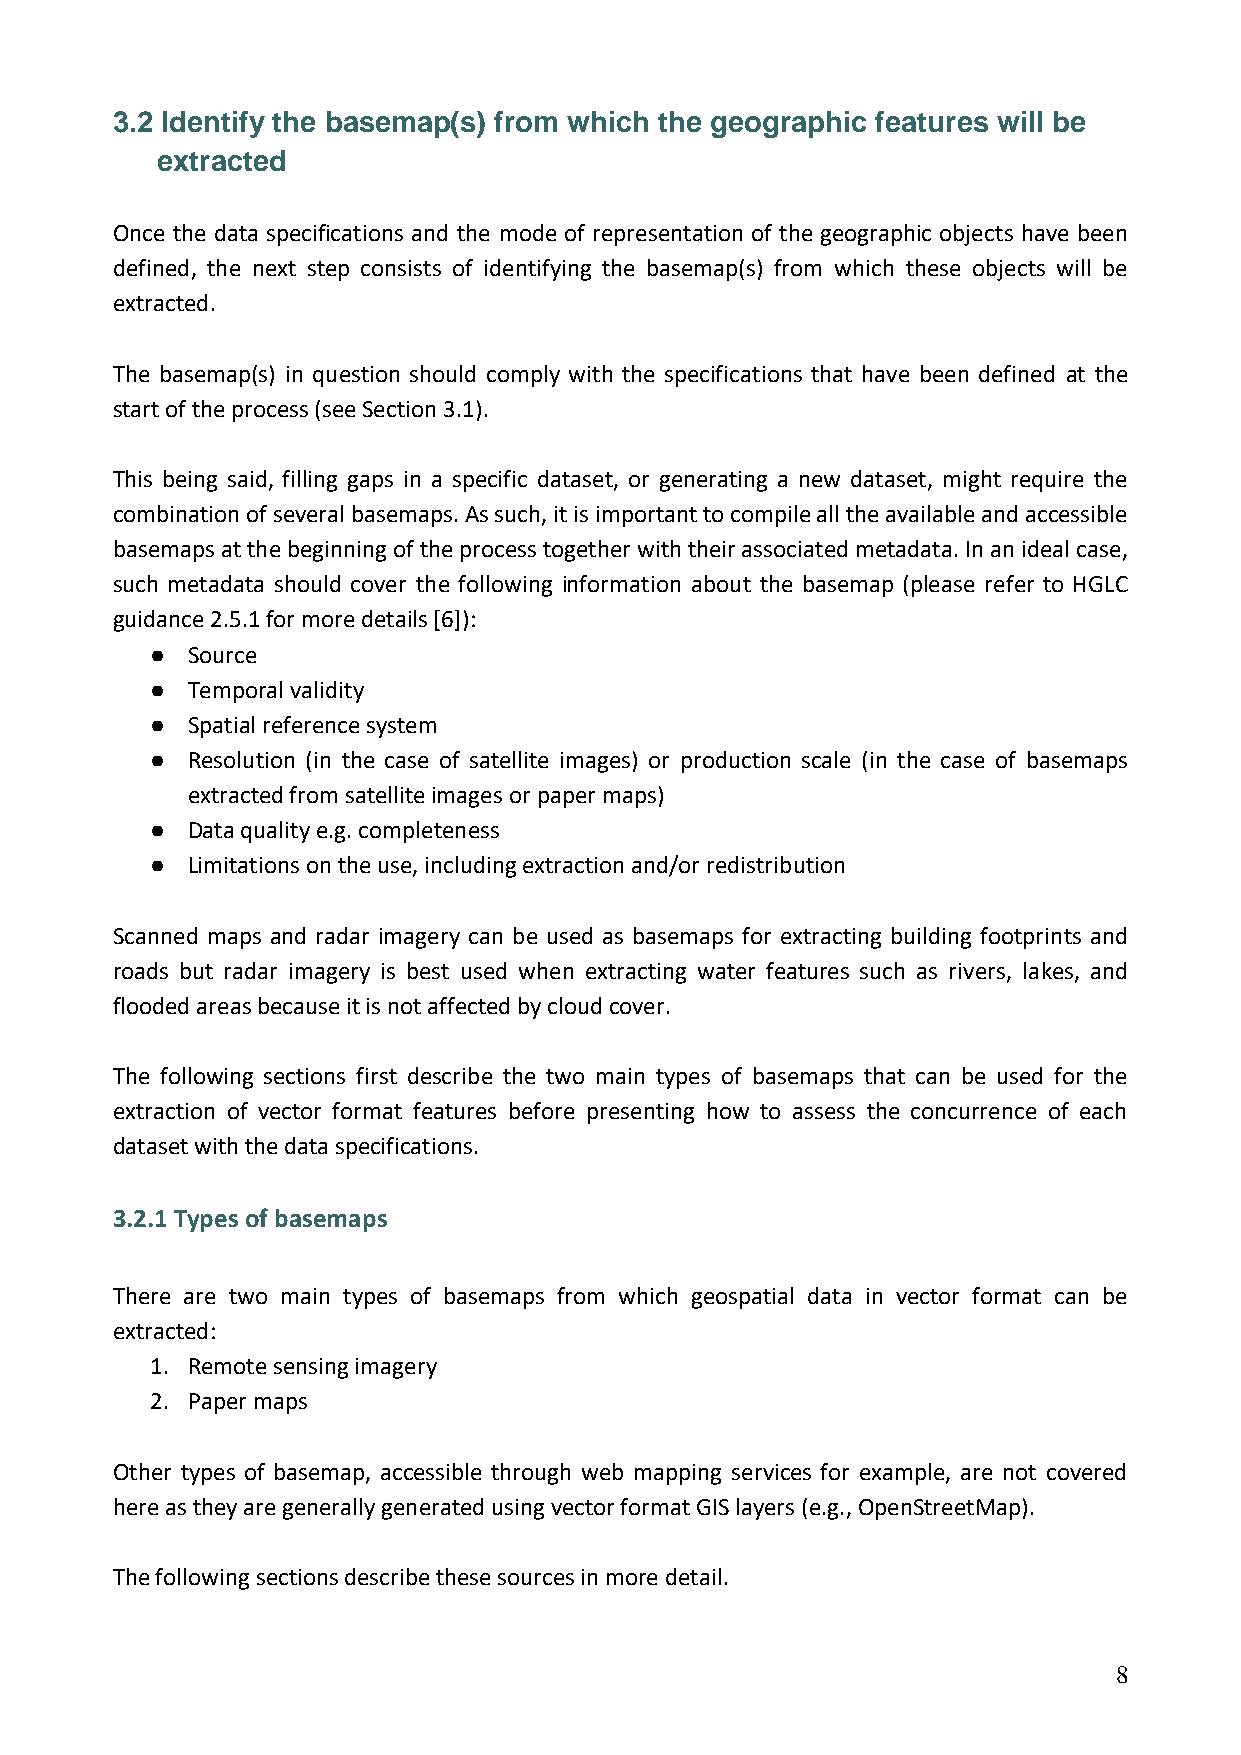
3.2 Identify the basemap(s) from which the geographic features will be
 extracted
 Once the data specifications and the mode of representation of the geographic objects have been
 defined, the next step consists of identifying the basemap(s) from which these objects will be
 extracted.
 The basemap(s) in question should comply with the specifications that have been defined at the
 start of the process (see Section 3.1).
 This being said, filling gaps in a specific dataset, or generating a new dataset, might require the
 combination of several basemaps. As such, it is important to compile all the available and accessible
 basemaps at the beginning of the process together with their associated metadata. In an ideal case,
 such metadata should cover the following information about the basemap (please refer to HGLC
 guidance 2.5.1 for more details [6]):
 ● Source
 ● Temporal validity
 ● Spatial reference system
 ● Resolution (in the case of satellite images) or production scale (in the case of basemaps
 extracted from satellite images or paper maps)
 ● Data quality e.g. completeness
 ● Limitations on the use, including extraction and/or redistribution
 Scanned maps and radar imagery can be used as basemaps for extracting building footprints and
 roads but radar imagery is best used when extracting water features such as rivers, lakes, and
 flooded areas because it is not affected by cloud cover.
 The following sections first describe the two main types of basemaps that can be used for the
 extraction of vector format features before presenting how to assess the concurrence of each
 dataset with the data specifications.
 3.2.1 Types of basemaps
 There are two main types of basemaps from which geospatial data in vector format can be
 extracted:
 1. Remote sensing imagery
 2. Paper maps
 Other types of basemap, accessible through web mapping services for example, are not covered
 here as they are generally generated using vector format GIS layers (e.g., OpenStreetMap).
 The following sections describe these sources in more detail.
 8